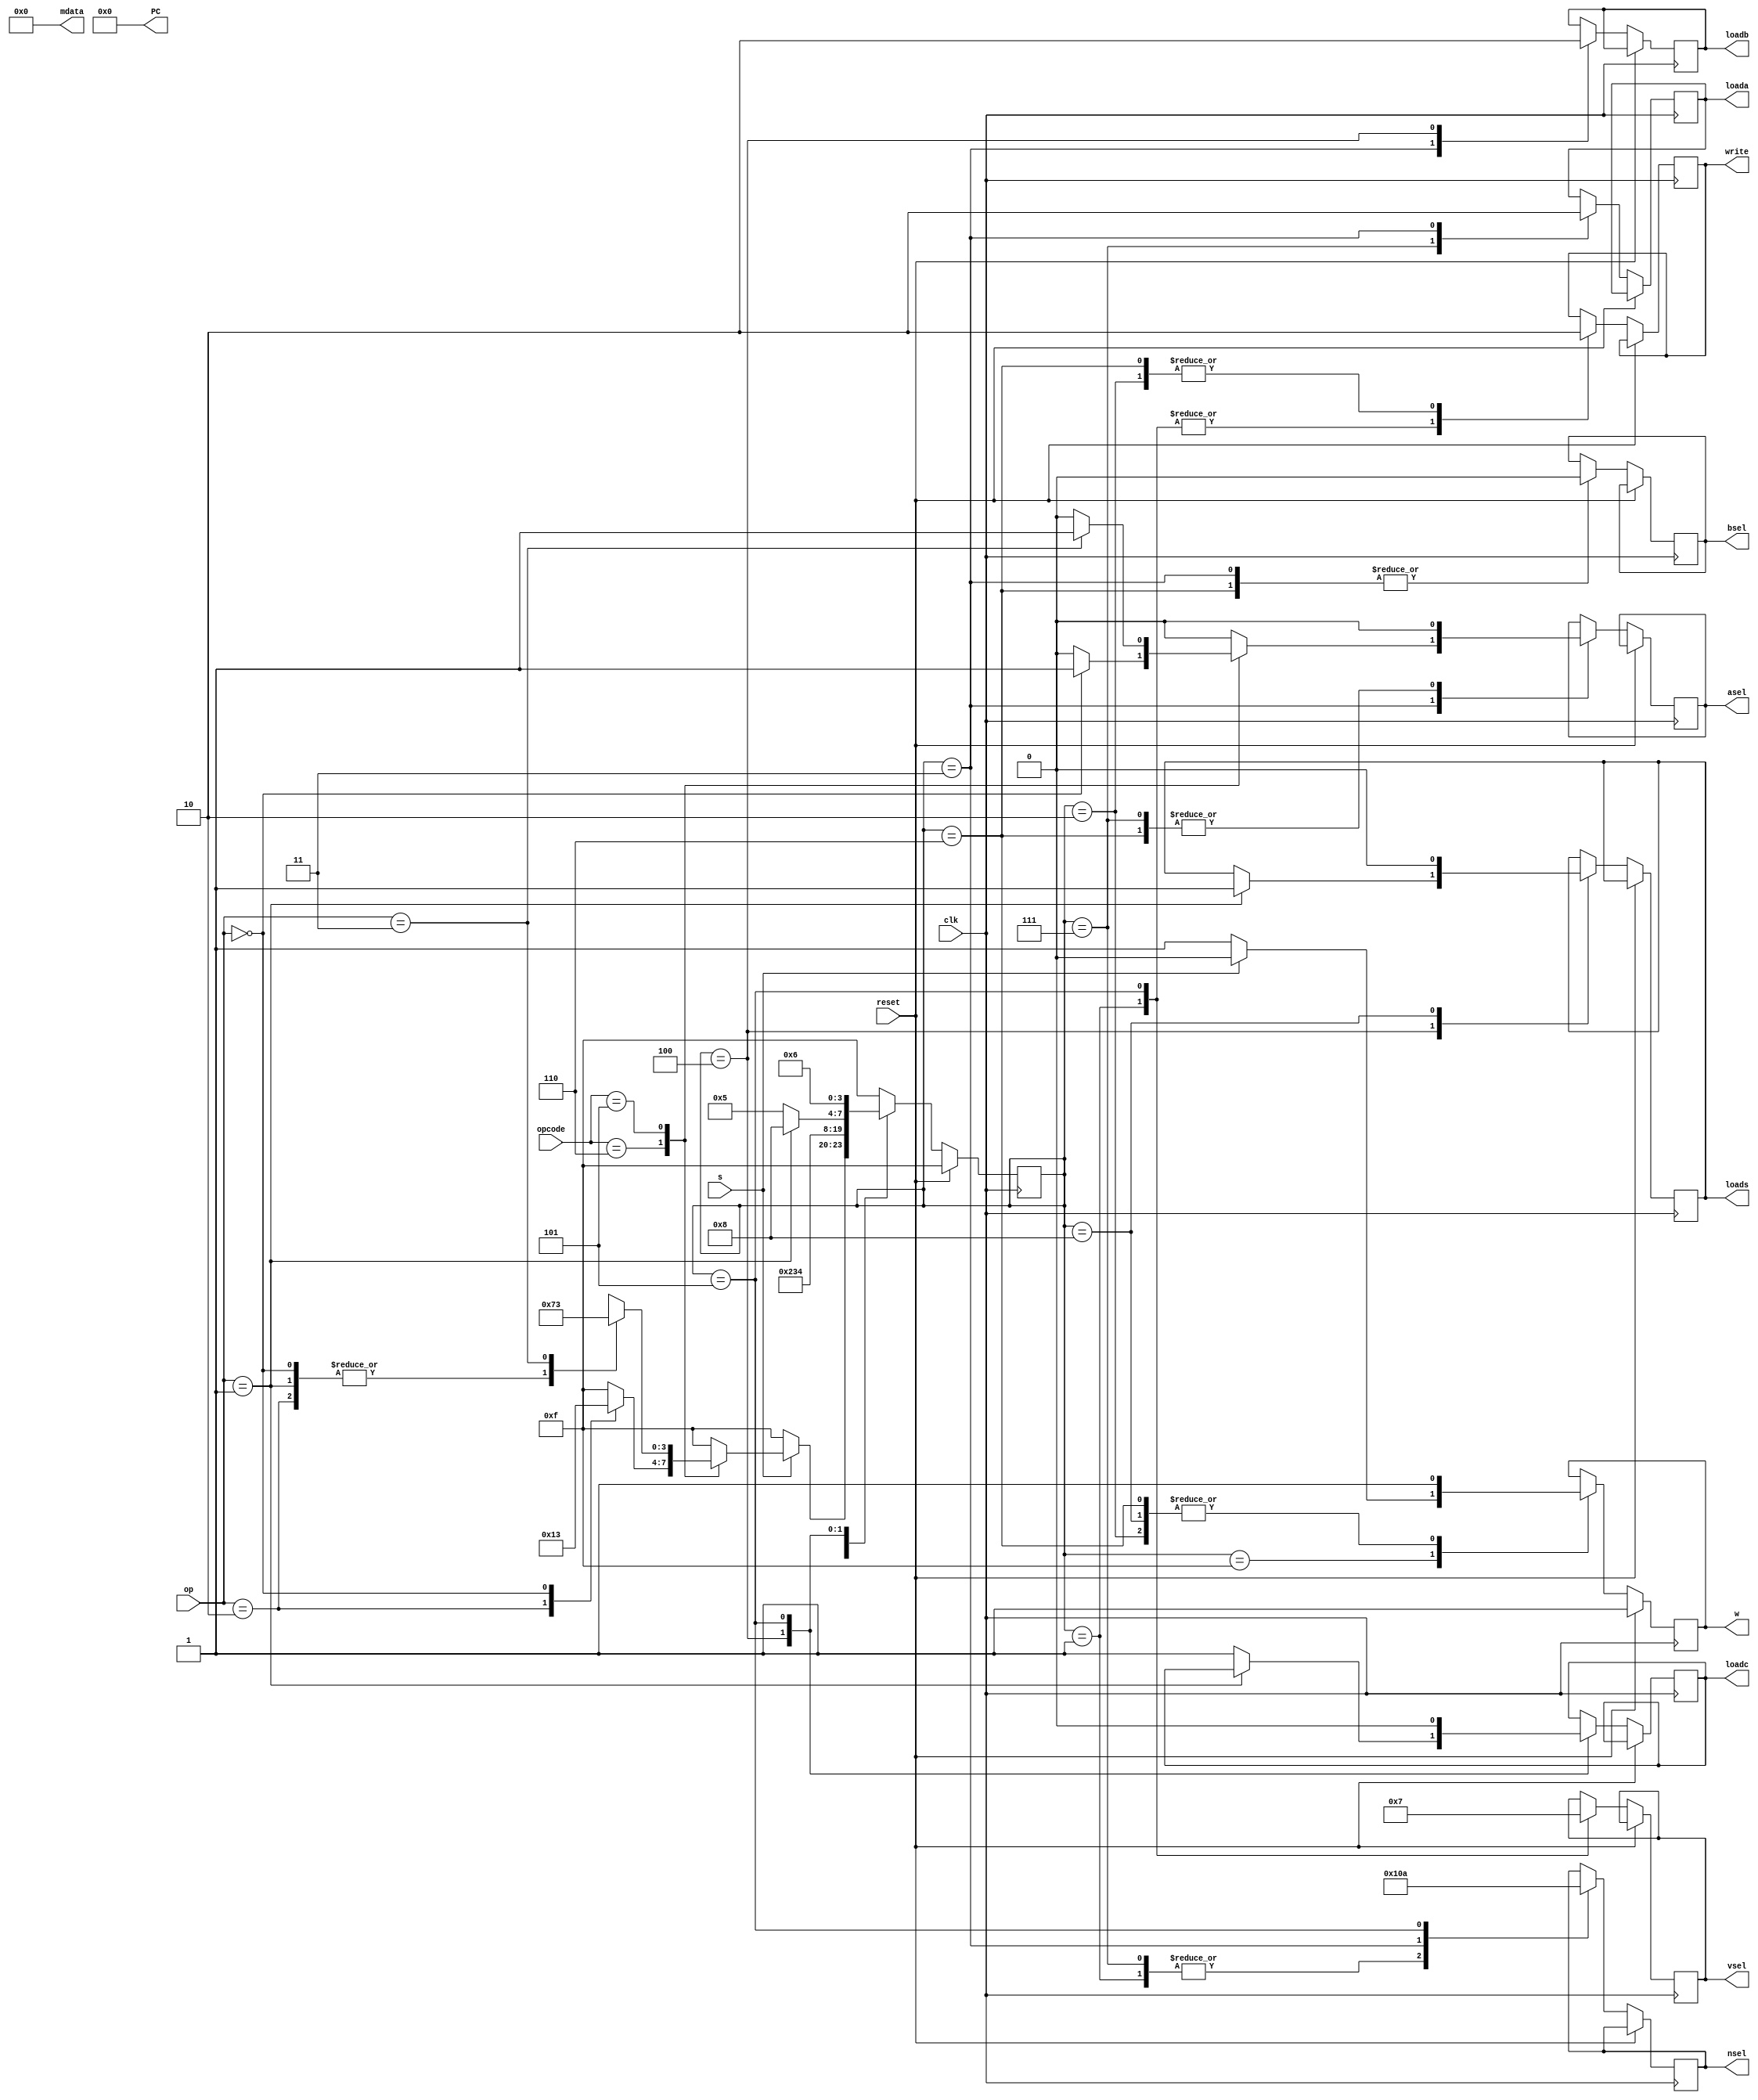
// primarily MOV, Rn, #<im8>
`define getRegIn 4'b0001
`define writeRn 4'b0010

// all purpose
`define loadB 4'b0011

// primarily MOV Rd,Rm {,<sh_op>}
`define writeRd 4'b0100
`define writeRd2 4'b0101
`define writeRd3 4'b0110

// primarily ADD
`define loadA 4'b0111


`define loadS 4'b1000


// `define shift 4'b0010

`define ALU 4'b0101
`define shiftread 4'b0100 
`define waiting 4'b1111

`define ADD 2'b00
`define CMP 2'b01
`define AND 2'b10
`define MVN 2'b11


module controller(  clk, s, reset, w, opcode, op,                                               //inputs
                    write, nsel, vsel, loada, loadb, loadc, asel, bsel, loads, mdata, PC);      //outputs

    input            reset, clk, s;
    input      [1:0] op;
    input      [2:0] opcode;
    
    output reg       write, loada, loadb, loadc, asel, bsel, loads, w;
    output reg [1:0] vsel;
    output reg [2:0] nsel;
    
    //not used for lab6
    output [7:0] PC;
    output [15:0] mdata;

    assign PC = 8'b0;
    assign mdata = 16'b0;

    reg [3:0] state;

    always@(posedge clk)begin
        if(reset)begin
            state = `waiting;
            w     = 1'b1;
        end
        else begin
            case(state)
                `waiting: if(s)begin                                        // decode state
                    case (opcode)
                        3'b110: begin                                       // if operation is MOV type
                            case (op)
                                2'b10: state = `getRegIn;                   // MOV #sximm8
                                2'b00: state = `loadB;                     // MOV Rd Rm
                                default: state = `waiting;                  // unreachable with valid uses of MOV
                            endcase
                        end
                        3'b101: begin                                       // if operation is ALU type
                            case (op)
                                `ADD: state = `loadA;       
                                `CMP: state = `loadA;
                                `AND: state = `loadA;                       // ADD, CMP, AND
                                `MVN: state = `loadB;                      // MVN
                                default: state = `waiting;                  // unreachable
                            endcase
                        end
                        default: state = `waiting;                          // unreachable unless invalid opcode and op
                    endcase
                    w     = 1'b0;                                           // setting the w counter
                end
                else begin
                    state = `waiting;                                       // simple waiting state
                    w     = 1'b1;
                end
                `getRegIn: begin                                            // MOV #sximm8: load integer value
                    nsel  = 3'b100;
                    vsel  = 2'b01;
                    write = 1'b1;
                    state = `writeRn;
                end
                `writeRn:begin                                              // MOV #sximm8: write value to reg
                    write = 1'b0;
                    state = `waiting;
                    w = 1'b1;
                end
//                `readRm: begin                                            // used for move and negate, which only requires reading one value
//                    nsel  = 3'b001;
//                    loadb = 1'b1;
//                    bsel = 1'b0;
                    
//                    case (opcode)
//                        3'b110: asel = (op == 2'b00) ? 1'b1 : 1'b0; 
//                        3'b101: asel = (op == 2'b11) ? 1'b1 : 1'b0; 
//                        default: asel = 1'b0;
//                    endcase
//                    state = `writeRd;
//                end
                `loadA: begin                                               // ADD, CMP, AND: load first value into regA
                    // read Rn
                    nsel = 3'b100;
                    loada = 1'b1;
                    asel = 1'b0;
                    state = `loadB;
                end
                `loadB: begin
                    loada = 1'b0;                                             // ADD, CMP, AND: stops loading, proceed to reading next reg
                    nsel = 3'b001;
                    loadb = 1'b1;
                    bsel = 1'b0;
                    case (opcode)
                        3'b110: asel = (op == 2'b00) ? 1'b1 : 1'b0;         // if MOV Rd,Rm{,<sh_op>} or MVN Rd,Rm{,<sh_op>}, Rn doesnt matter
                        3'b101: asel = (op == 2'b11) ? 1'b1 : 1'b0; 
                        default: asel = 1'b0;
                    endcase
                    state = `writeRd;
                end
                `writeRd: begin
                    loadb = 1'b0;
                    if (op == 2'b01)begin
                        loads = 1'b1;
                        state = `loadS;
                    end
                    else begin
                        loadc = 1'b1;
                        state = `writeRd2;
                    end
                end
                `loadS: begin
                    loads = 1'b0;
                    state = `waiting;
                    w     = 1'b1;
                end
                `writeRd2:begin
                    nsel  = 3'b010;
                    vsel  = 2'b11;
                    write = 1'b1;
                    loadc = 1'b0;
                    state = `writeRd3;
                end
                `writeRd3:begin
                    asel = 1'b0;
                    bsel = 1'b0;
                    write = 1'b0;
                    state = `waiting;
                    w     = 1'b1;
                end
                default: state = `waiting;
            endcase 
        end
    end
endmodule